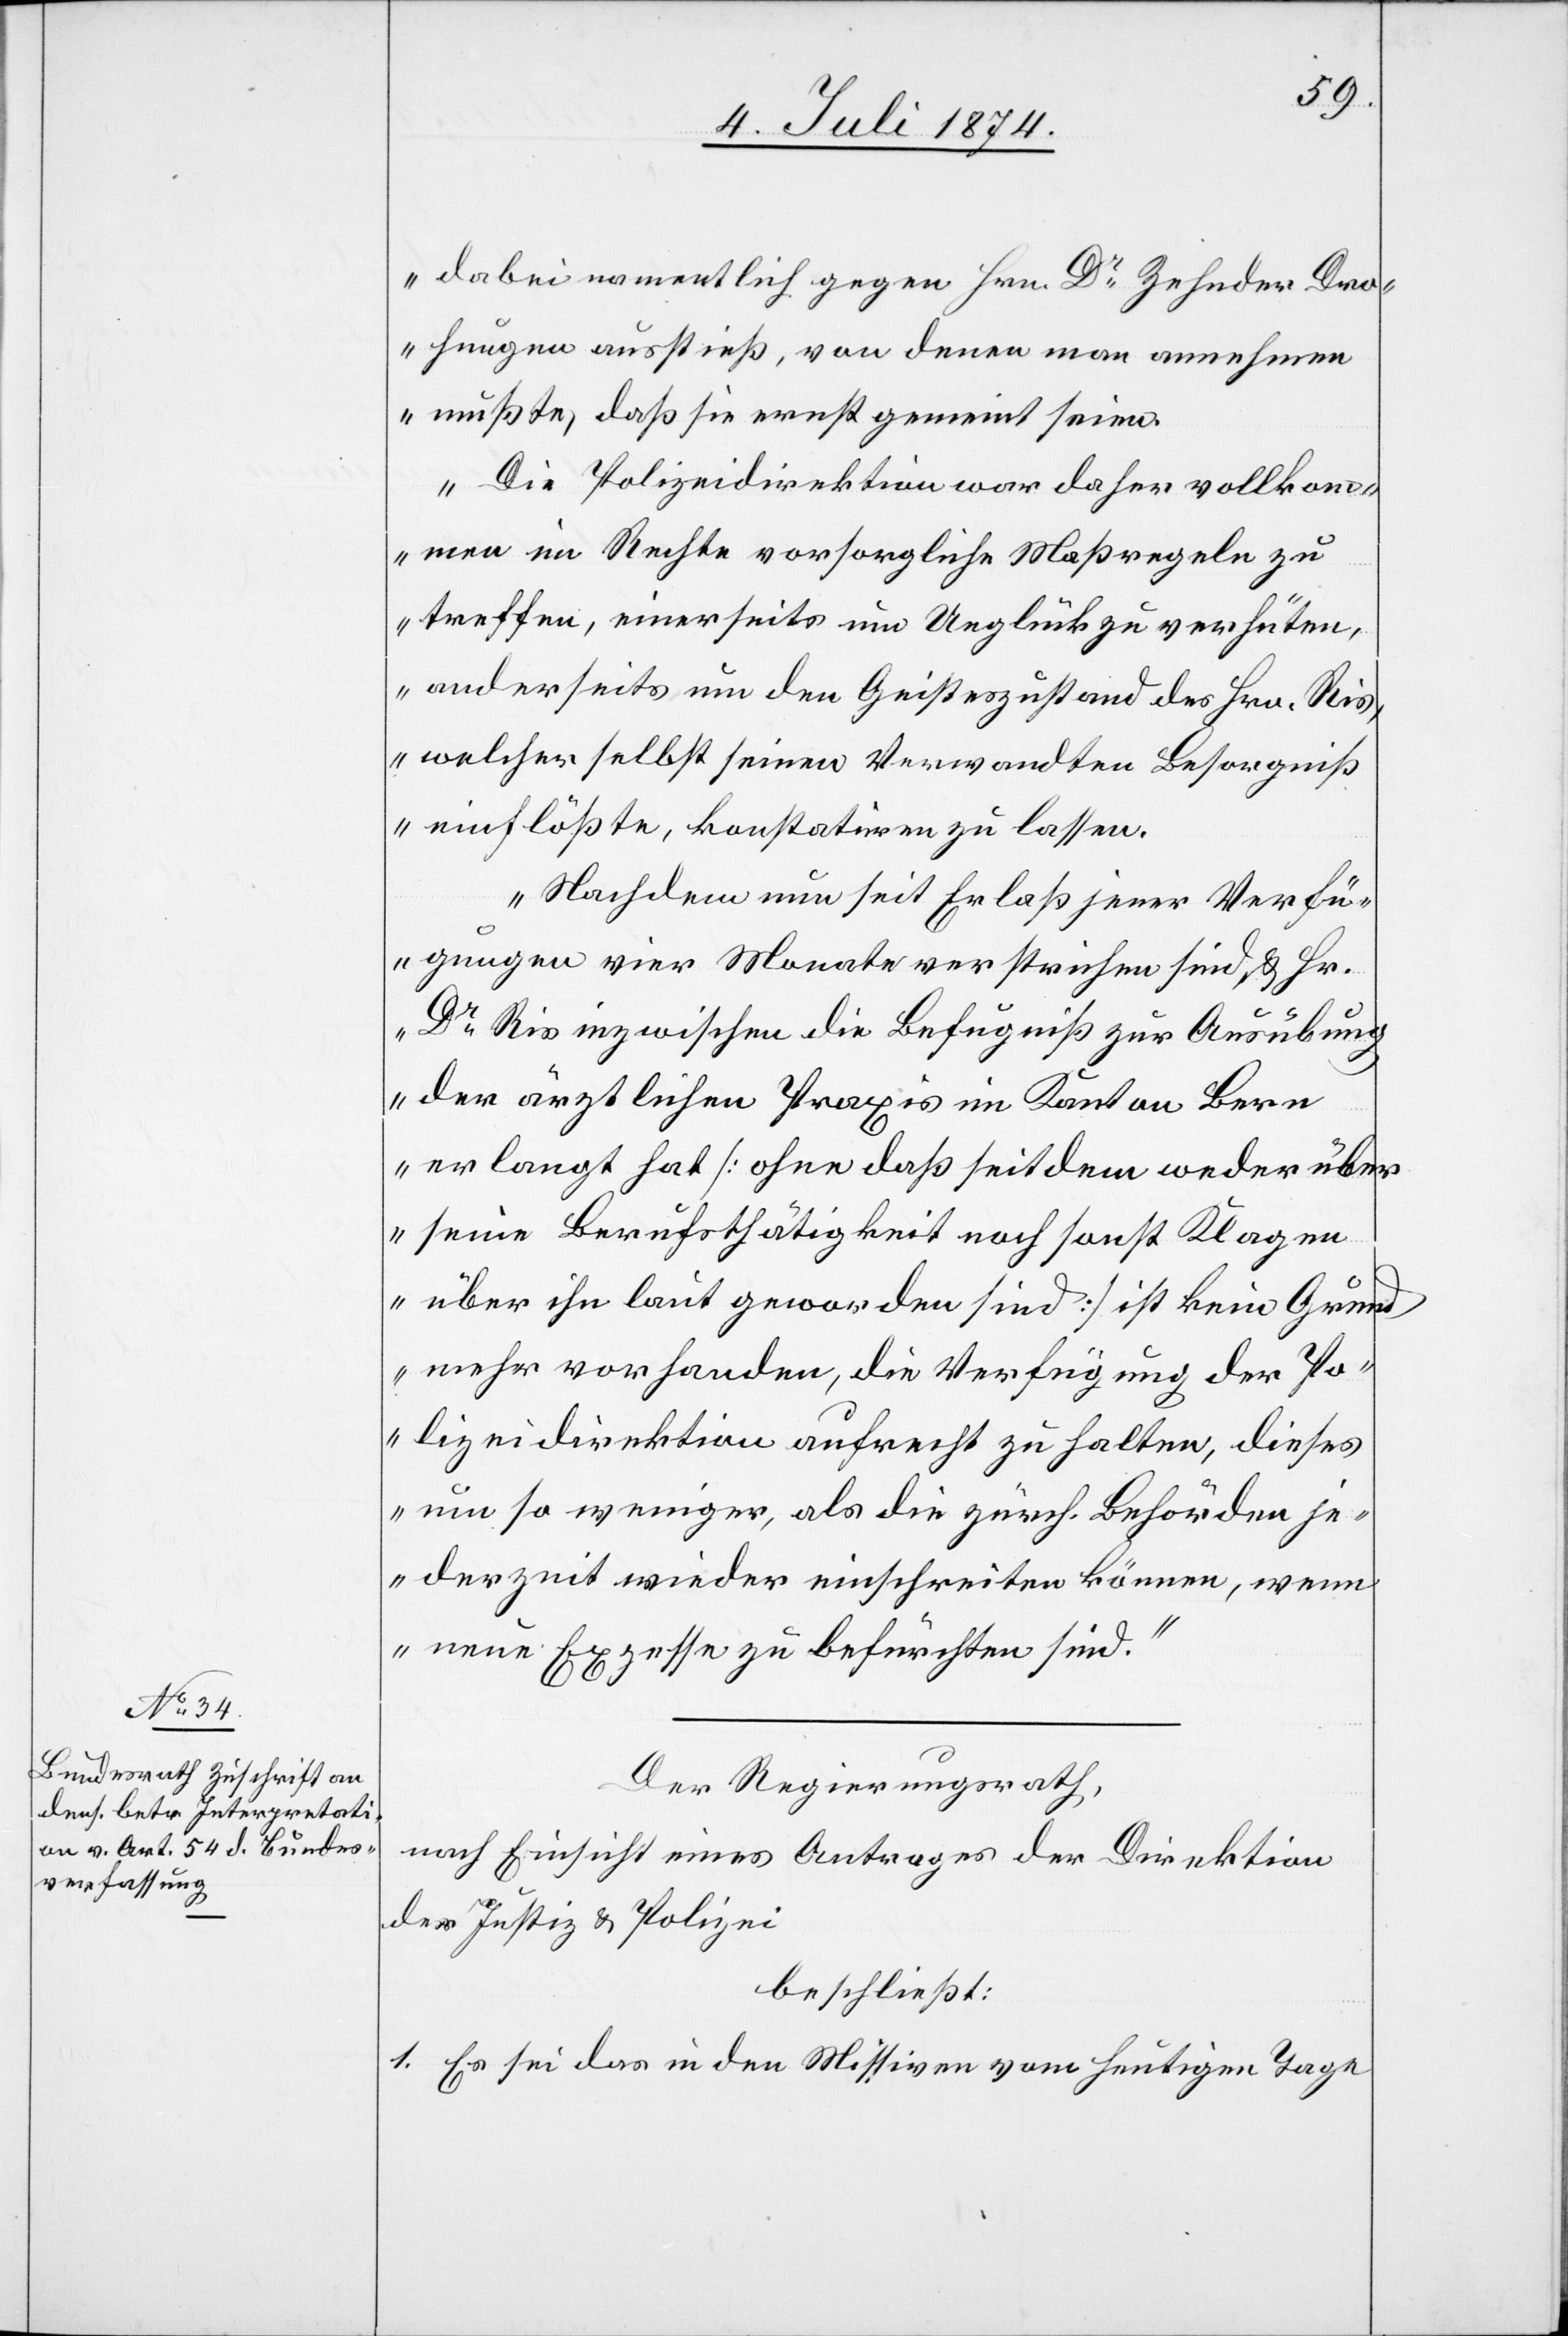
dabei namentlich gegen Hrn. Dr Zehnder Dro¬
hungen ausstieß, von denen man annehmen
mußte, daß sie ernst gemeint seien.
Die Polizeidirektion war daher vollkom¬
men im Rechte[,] vorsorgliche Maßregeln zu
treffen, einerseits um Unglück zu verhüten,
anderseits um den Geisteszustand des Hrn. Ris,
welcher selbst seinen Verwandten Besorgniß
einflößte, konstatiren zu lassen.
Nachdem nun seit Erlaß jener Verfü¬
gungen vier Monate verstrichen sind u. Hr.
Dr Ris inzwischen die Befugniß zur Ausübung
der ärztlichen Praxis im Kanton Bern
erlangt hat [ohne daß seit dem weder über
seine Berufsthätigkeit noch sonst Klagen
über ihn laut geworden sind] ist kein Grund
mehr vorhanden, die Verfügung der Po¬
lizeidirektion aufrecht zu halten, dieses
um so weniger, als die zürch. Behörden je¬
derzeit wieder einschreiten können, wenn
neue Exzesse zu befürchten sind.“
Der Regierungsrath,
nach Einsicht eines Antrages der Direktion
der Justiz u. Polizei
beschließt:
1. Es sei das in den Missiven vom heutigen Tage